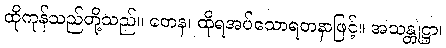
ထိုကုန်သည်တို့သည်။ တေန၊ ထိုရအပ်သောရတနာဖြင့်။ အသန္တုဋ္ဌာ၊